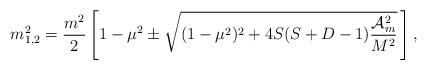
LaTeX: \begin{align*} m_{1,2}^2=\frac{m^2}{2}\left[1-\mu^2\pm\sqrt{(1-\mu^2)^2+4S(S+D-1)\frac{{\cal A}_m^2}{M^2}} \,\right]{,}\end{align*}